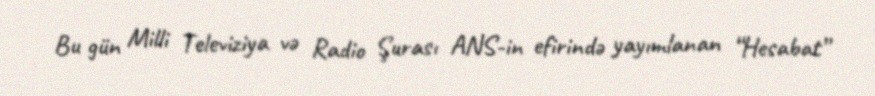
Bu gün Milli Televiziya və Radio Şurası ANS-in efirində yayımlanan “Hesabat”